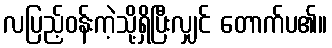
လပြည့်ဝန်းကဲ့သို့ရှိပြီးလျှင် တောက်ပ၏။